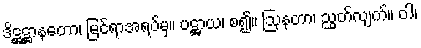
ဒိဋ္ဌဋ္ဌာနတော၊ မြင်ရာအရပ်မှ။ ပဋ္ဌာယ၊ စ၍။ ဩနတာ၊ ညွတ်လျက်။ ဝါ၊